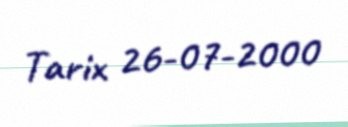
Tarix 26-07-2000